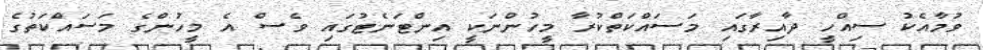
ވުމާއެކު ސިއްހީ ދާއިރާގައި މަސައްކަތްކުރާ މީހުންނަކީ އިންޓަނެޓުގައި ވެސް އެ މީހުންގެ މަސައްކަތުގެ